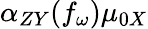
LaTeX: \alpha_{ZY}(f_{\omega})\mu_{0X}